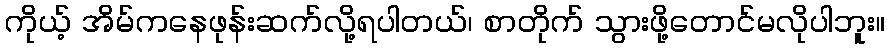
ကိုယ့် အိမ်ကနေဖုန်းဆက်လို့ရပါတယ်၊ စာတိုက် သွားဖို့တောင်မလိုပါဘူး။